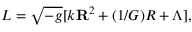
L = \sqrt { - g } [ k { \bf R } ^ { 2 } + ( 1 / G ) R + \Lambda ] ,